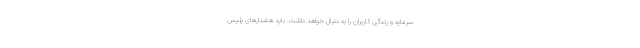
سرمایه و زندگی کاربران را به دنبال خواهد داشت. باید هشدارهای پلیس